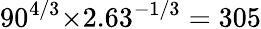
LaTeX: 90^{4/3}{\times}2.63^{-1/3}=305